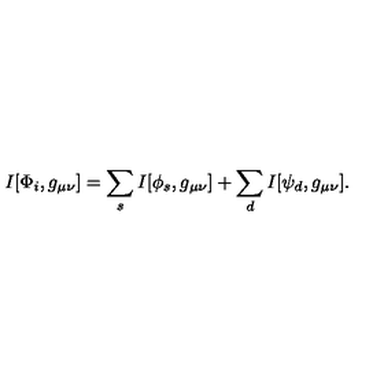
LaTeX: I [ \Phi _ { i } , g _ { \mu \nu } ] = \sum _ { s } I [ \phi _ { s } , g _ { \mu \nu } ] + \sum _ { d } I [ \psi _ { d } , g _ { \mu \nu } ] .